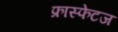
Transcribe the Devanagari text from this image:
फ्रास्फेटज